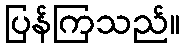
ပြန်ကြသည်။